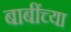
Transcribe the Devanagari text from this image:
बाबींच्‍या